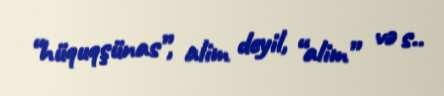
“hüquqşünas”, alim deyil, “alim” və s..